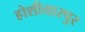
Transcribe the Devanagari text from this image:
होशीयारपुर